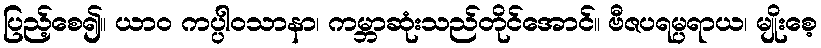
ပြည့်စေ၍။ ယာဝ ကပ္ပါဝသာနာ၊ ကမ္ဘာဆုံးသည်တိုင်အောင်။ ဗီဇပရမ္ပရာယ၊ မျိုးစေ့